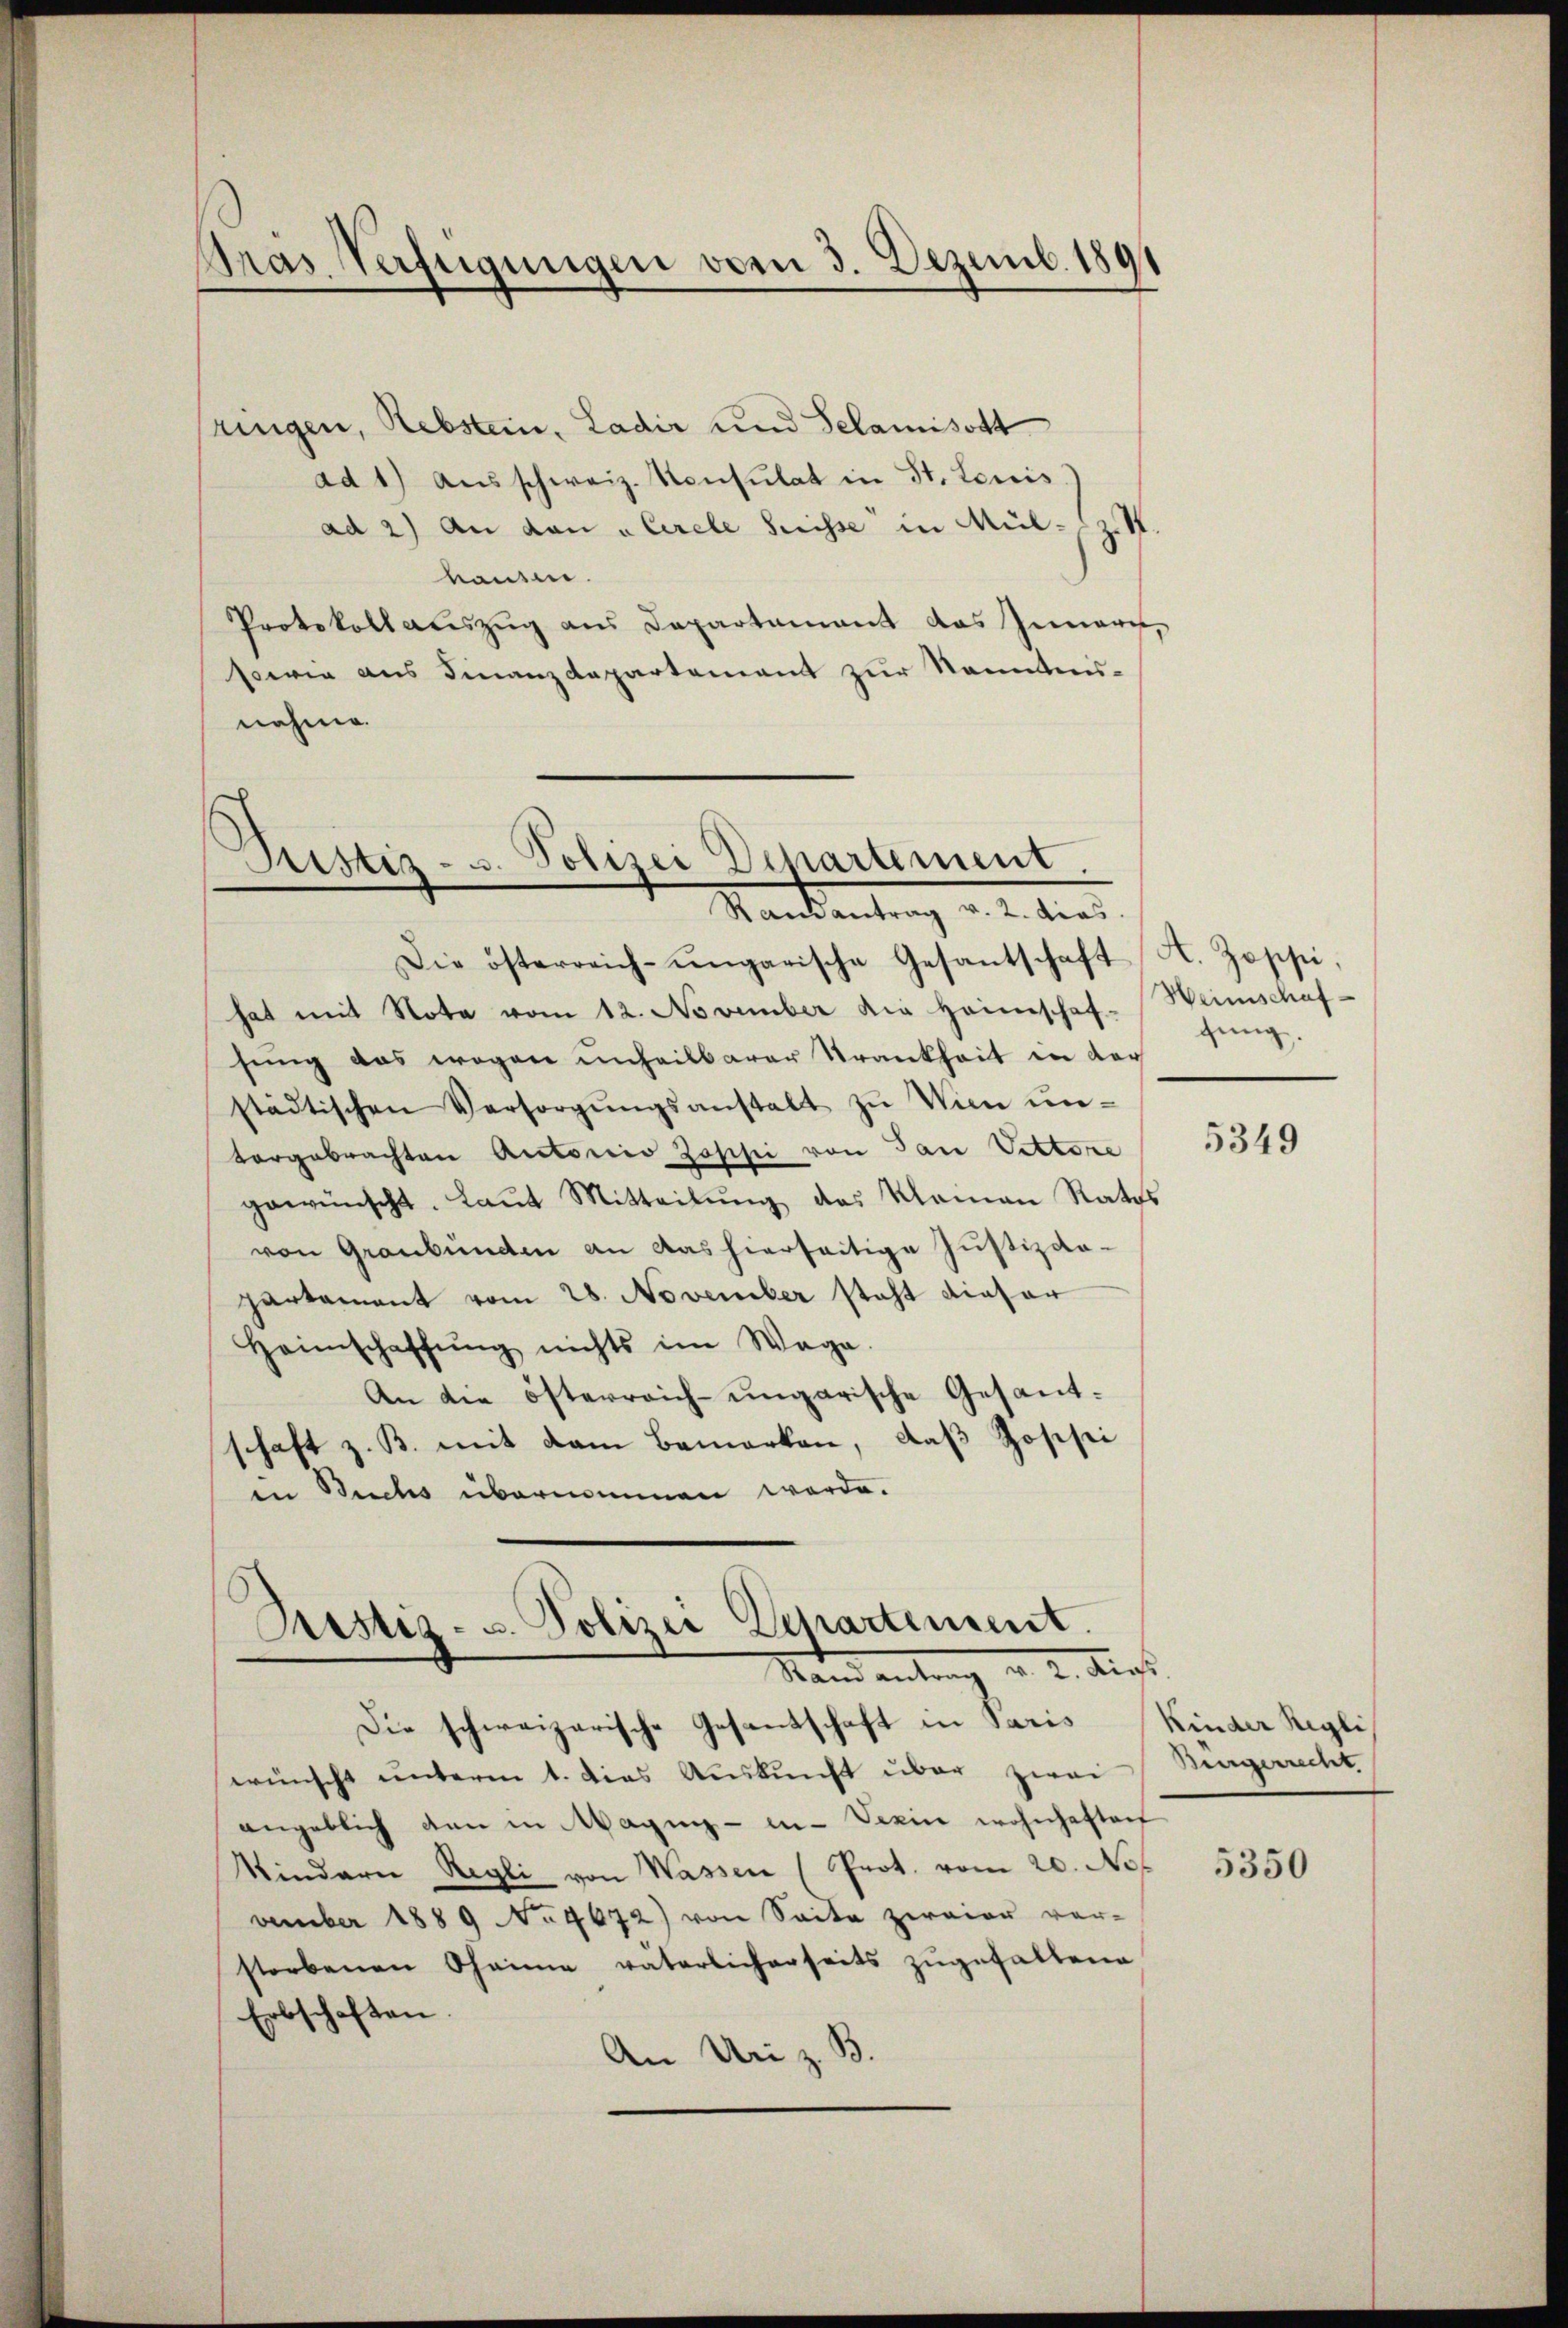
Gras Verfügungen vom 3. Dezemb. 1891

ringen, Rebstein, Ladir und Selamisott
ad 1) Ausschweiz. Konsulat in St. Louis.
ad 2) An dan Cerele Suisse in Mül¬
.
hausen.
Protokoll aŭszŭg ans Departement das Innern,
sowie aus Finanzdepartement zur Kenntnis-
nehme.

Ristiz- u. Polizei Departement.
Mankontrag d. 2. dies

Die österreich-ungarische Gesantschaft H. Zoppi,
hat mit Nota vom 12. November die Heimschaf-Weinschaf
sung das wegen unheilbarer Trankheit in dar
städtischen Versorgŭngsanstalt zŭ Wien ŭn-
torgebrachten Autorio Zoschi von San Vettere
gewünscht. Laŭt Mitteilŭng des Klaman Rates
von Graubünden an das hierseitige Justizda-
partament vom 28. November steht dieser
Heimschaffŭng nichts im Wege.
An die österreich-ungarische Gesandschaft z. B. mit dem Bemerken, daß Josisei
in Buchs übernommen werde.

Pristis- u. Polizei Departement.
Standente. Diet

Die schweizerische Gesandschaft in Paris
wünscht unterm 1. Dies Auskunft über zwei
angeblich den in Maging - in Verin wohnhaftenf
Kindern Regli von Wassen (Prot. vom 20. Not
vember 1889 No 9672) von Seite zweier ver-
storbenen Oheime väterlicherseits zugefallene
Erbschaften.
An Uri z. B.

fung.

5349

Kinder Regli
Burgerrecht.

5350